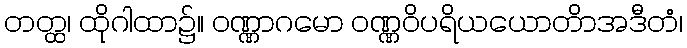
တတ္ထ၊ ထိုဂါထာ၌။ ဝဏ္ဏာဂမော ဝဏ္ဏဝိပရိယယောတိာအဒီတံ၊